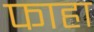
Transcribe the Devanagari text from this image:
फाहा